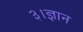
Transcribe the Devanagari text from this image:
३।ज्ञान